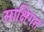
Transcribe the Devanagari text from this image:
साक्षिगत